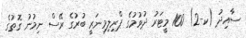
ސާއިދު (ކ-2) 100 މީޓަރު ދުވުމުގެ ޕްރިލިމިނަރީ ބުރުގެ ރޭސް ނިމުނު ގޮތުގެ